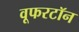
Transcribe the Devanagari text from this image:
वूफरटॉन